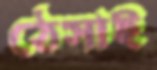
ঠেসাই